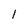
Character: l